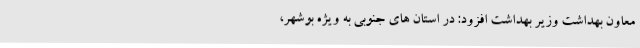
معاون بهداشت وزیر بهداشت افزود: در استان های جنوبی به ویژه بوشهر،